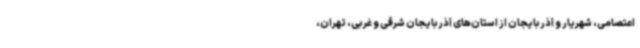
اعتصامی، شهریار و آذربایجان از استان‌های آذربایجان شرقی و غربی، تهران،